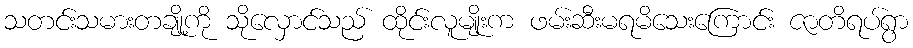
သတင်းသမားတချို့ကို သိုလှောင်သည် ထိုင်းလူမျိုးက ဖမ်းဆီးမရမိသေးကြောင်း ဇာတိရပ်ရွာ